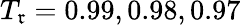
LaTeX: T_{\mathfrak{r}}=0.99,0.98,0.97